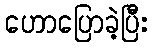
ဟောပြောခဲ့ပြီး